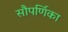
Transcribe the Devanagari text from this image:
सौपर्णिका